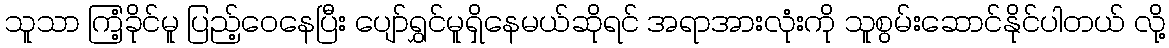
သူသာ ကြံ့ခိုင်မူ ပြည့်ဝေနေပြီး ပျော်ရွှင်မူရှိနေမယ်ဆိုရင် အရာအားလုံးကို သူစွမ်းဆောင်နိုင်ပါတယ် လို့